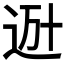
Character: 𨒒